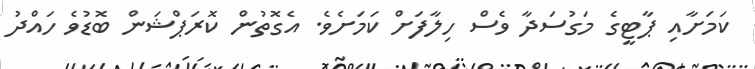
ކަމަށާއި ޕާޓީގެ މަގުސަދާ ވެސް ހިލާފަށް ކަމަށެވެ. އެގޮތުން ކޮރަޕްޝަން ބޮޑުވެ ހައްދު